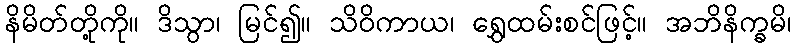
နိမိတ်တို့ကို။ ဒိသွာ၊ မြင်၍။ သိဝိကာယ၊ ရွှေထမ်းစင်ဖြင့်။ အဘိနိက္ခမိ၊